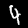
Label: 4